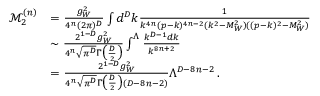
\begin{array} { r l } { \mathcal { M } _ { 2 } ^ { ( n ) } } & { = \frac { g _ { W } ^ { 2 } } { 4 ^ { n } ( 2 \pi ) ^ { D } } \int d ^ { D } k \frac { 1 } { k ^ { 4 n } ( p - k ) ^ { 4 n - 2 } ( k ^ { 2 } - M _ { W } ^ { 2 } ) ( ( p - k ) ^ { 2 } - M _ { W } ^ { 2 } ) } } \\ & { \sim \frac { 2 ^ { 1 - D } g _ { W } ^ { 2 } } { 4 ^ { n } \sqrt { \pi ^ { D } } \Gamma \big ( \frac { D } { 2 } \big ) } \int ^ { \Lambda } \frac { k ^ { D - 1 } d k } { k ^ { 8 n + 2 } } } \\ & { = \frac { 2 ^ { 1 - D } g _ { W } ^ { 2 } } { 4 ^ { n } \sqrt { \pi ^ { D } } \Gamma \big ( \frac { D } { 2 } \big ) ( D - 8 n - 2 ) } \Lambda ^ { D - 8 n - 2 } \, . } \end{array}